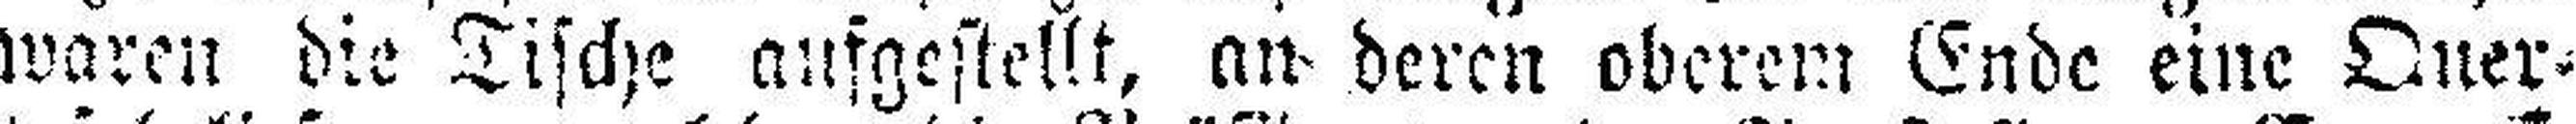
waren die Tische aufgestellt, an deren oberem Ende eine Quer¬